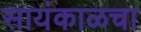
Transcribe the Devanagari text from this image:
सायंकाळचा